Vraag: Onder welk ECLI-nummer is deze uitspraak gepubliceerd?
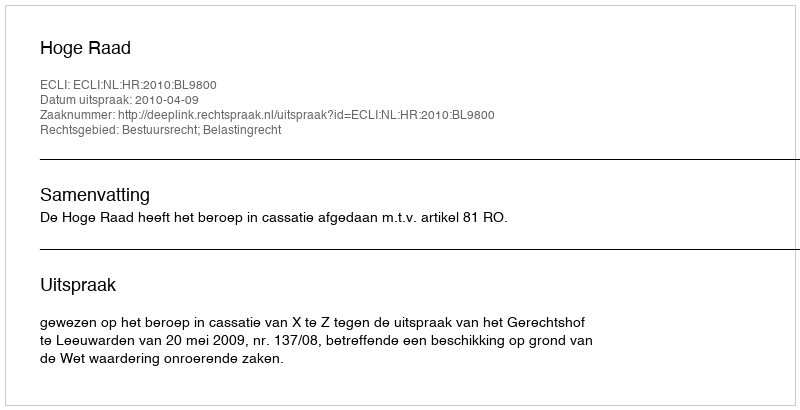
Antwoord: ECLI:NL:HR:2010:BL9800